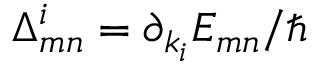
\Delta _ { m n } ^ { i } = \partial _ { k _ { i } } E _ { m n } / \hbar